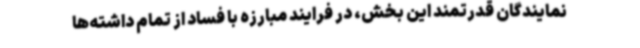
نمایندگان قدرتمند این بخش، در فرایند مبارزه با فساد از تمام داشته‌ها